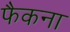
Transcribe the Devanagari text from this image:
फैकना